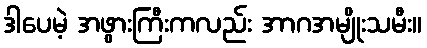
ဒါပေမဲ့ အဖွားကြီးကလည်း အာဂအမျိုးသမီး။